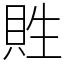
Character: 貹